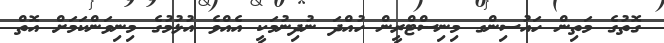
ގޮތުގެ މަތިން ހައުސިންގ މިނިސްޓްރީން ހުއްދަ ނުދިނުމަކީ އެއްވެ އުޅުމުގެ މިނިވަންކަމަށް އޮތް